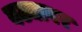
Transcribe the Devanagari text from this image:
वट्यावर